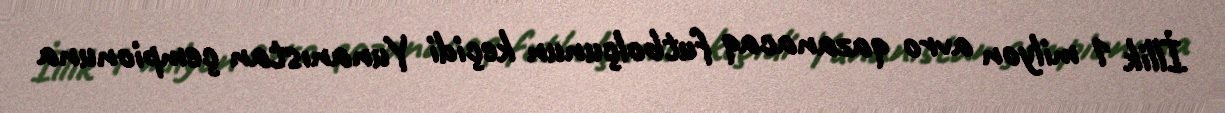
İllik 1 milyon avro qazanacaq futbolçunun keçidi Yunanıstan çempionuna